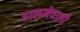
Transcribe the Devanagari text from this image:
ढालनेवाली